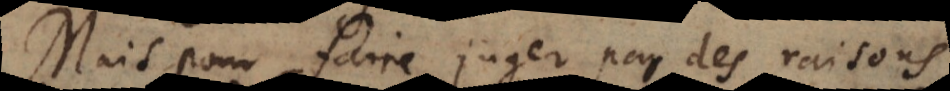
Mais pour faire juger par des raisons